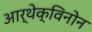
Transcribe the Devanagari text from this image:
आर्थेक्विनोन